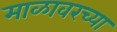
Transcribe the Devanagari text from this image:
माळावरच्या